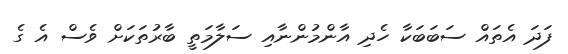
ފަދަ އެތައް ސަބަބަކާ ހެދި އާންމުންނާއި ސަލާމަތީ ބާރުތަކަށް ވެސް އެ ގެ